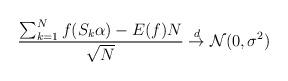
LaTeX: \begin{align*}\frac{\sum_{k=1}^N f(S_k \alpha ) - E(f)N}{\sqrt{N}} \overset{d}{\to} \mathcal{N} (0,\sigma^2 )\end{align*}